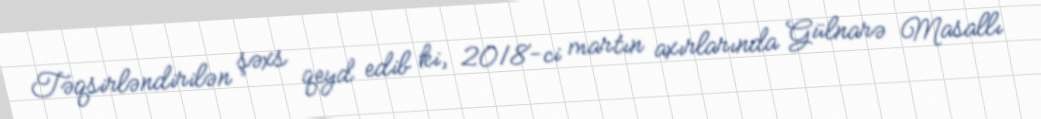
Təqsirləndirilən şəxs qeyd edib ki, 2018-ci martın axırlarında Gülnarə Masallı